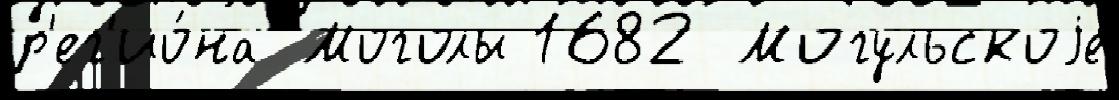
р'ег'ио́на Моголы 1682 Могульскоjе